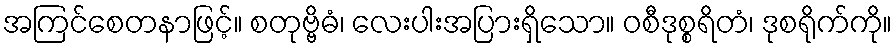
အကြင်စေတနာဖြင့်။ စတုဗ္ဗိဓံ၊ လေးပါးအပြားရှိသော။ ဝစီဒုစ္စရိတံ၊ ဒုစရိုက်ကို။